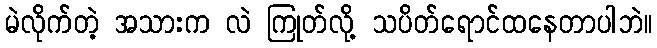
မဲလိုက်တဲ့ အသားက လဲ ကြုတ်လို့ သပိတ်ရောင်ထနေတာပါဘဲ။